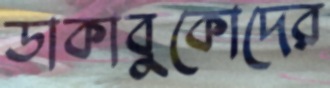
ডাকাবুকোদের